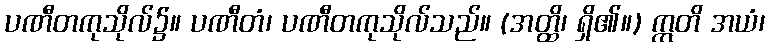
ပဏီတကုသိုလ်၌။ ပဏီတံ၊ ပဏီတကုသိုလ်သည်။ (အတ္ထိ၊ ရှိ၏။) ဣတိ အယံ၊